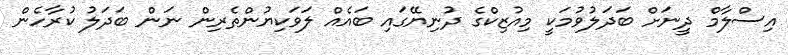
އިސްލާމް ދީނަށް ބަދަލުވުމަކީ މިއުޒިކްގެ ދުނިޔޭގައި ބައެއް ލަވަކިޔުންތެރިން ނަން ބަދަލު ކުރާހެން